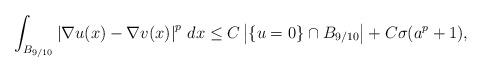
LaTeX: \begin{align*}\int_{B_{9/10}}\left|\nabla u(x)-\nabla v(x)\right|^p\,dx\le C \left|\left\{u=0\right\}\cap B_{9/10}\right|+C\sigma(a^p+1),\end{align*}